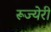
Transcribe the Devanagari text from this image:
रूज्येरी